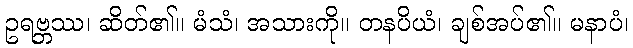
ဥရဗ္ဘဿ၊ ဆိတ်၏။ မံသံ၊ အသားကို။ တနပိယံ၊ ချစ်အပ်၏။ မနာပံ၊